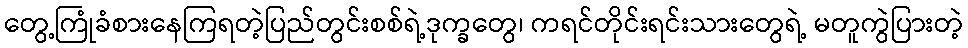
တွေ့ကြုံခံစားနေကြရတဲ့ပြည်တွင်းစစ်ရဲ့ဒုက္ခတွေ၊ ကရင်တိုင်းရင်းသားတွေရဲ့ မတူကွဲပြားတဲ့